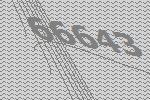
66643